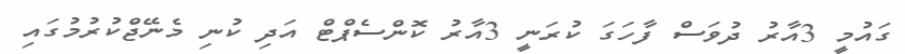
ގައުމީ 3އާރު ދުވަސް ފާހަގަ ކުރަނީ 3އާރު ކޮންސެޕްޓް އަދި ކުނި މެނޭޖްކުރުމުގައި